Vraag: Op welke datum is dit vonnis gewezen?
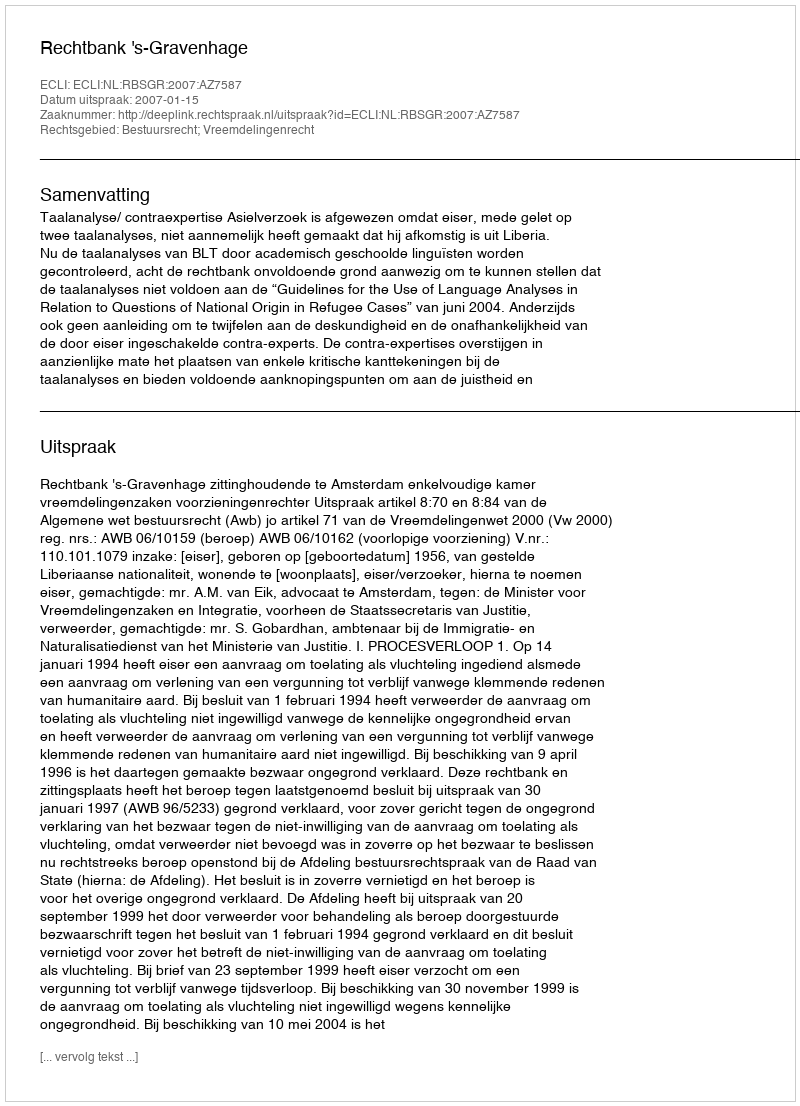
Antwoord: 2007-01-15